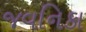
જવનિકા